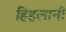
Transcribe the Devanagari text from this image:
हिहलानी